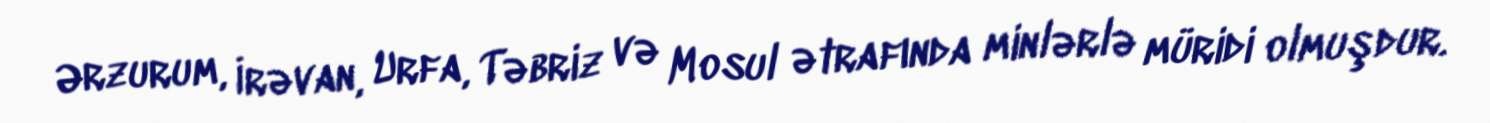
Ərzurum, İrəvan, Urfa, Təbriz və Mosul ətrafında minlərlə müridi olmuşdur.